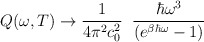
\begin{align*} Q(\omega, T) \to \frac{1}{4 \pi^2 c_0^2} \; \; \frac{\hbar \omega^3}{(e^{\beta \hbar \omega} - 1)}\end{align*}